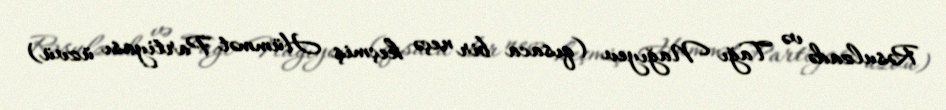
Rəsulzadə və Tağı Nağıyev (qısaca bir neçə keçmiş Hümmət Partiyası üzvü)